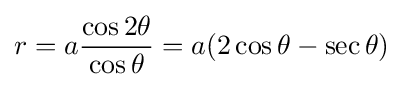
r=a{\frac {\cos 2\theta }{\cos \theta }}=a(2\cos \theta -\sec \theta )